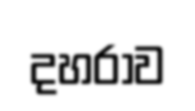
දහරාව